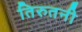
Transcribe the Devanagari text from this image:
तिरुतनी